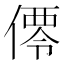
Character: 𬿑